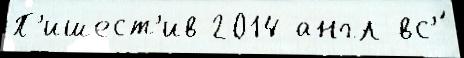
П'ишест'ив 2014 англ вс'́